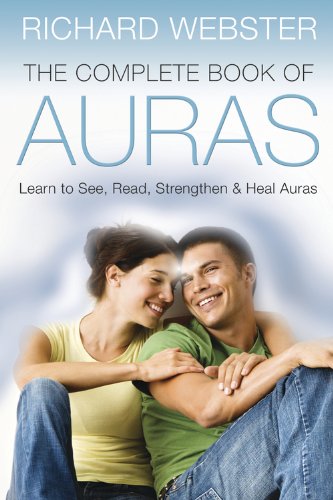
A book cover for The Complete Book of Auras: Learn to See, Read, Strengthen & Heal Auras; Richard Webster; Religion & Spirituality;